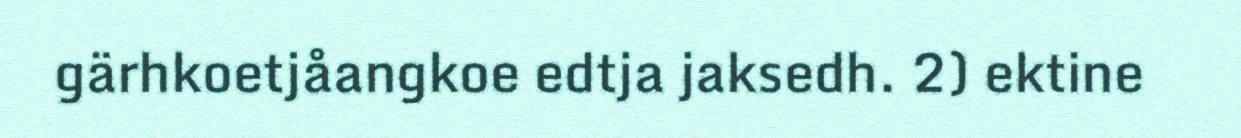
gärhkoetjåangkoe edtja jaksedh. 2) ektine